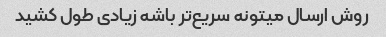
روش ارسال میتونه سریع‌تر باشه زیادی طول کشید